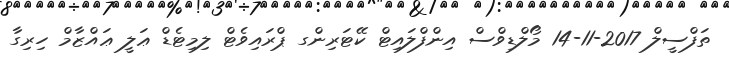
ތަފްސީލް 2017-11-14 މޯލްޑިވްސް އިންފްލައިޓް ކޭޓަރިންގ ޕްރައިވެޓް ލިމިޓެޑް ޢަލީ ޢައްޒާމް ހިރިގާ